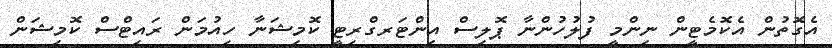
އެގޮތުން އެކޮމެޓީން ނިންމީ ފުލުހުންނާ ޕޮލިސް އިންޓަރގްރިޓީ ކޮމިޝަނާ ހިއުމަން ރައިޓްސް ކޮމިޝަން